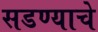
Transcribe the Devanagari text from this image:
सडण्याचे